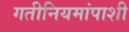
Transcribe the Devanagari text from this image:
गतीनियमांपाशी